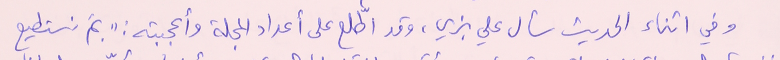
وفي اثناء الحديث سأل علي بزي، وقد اطّلع على أعداد المجلة وأعجبته: "بمَ نستطيع